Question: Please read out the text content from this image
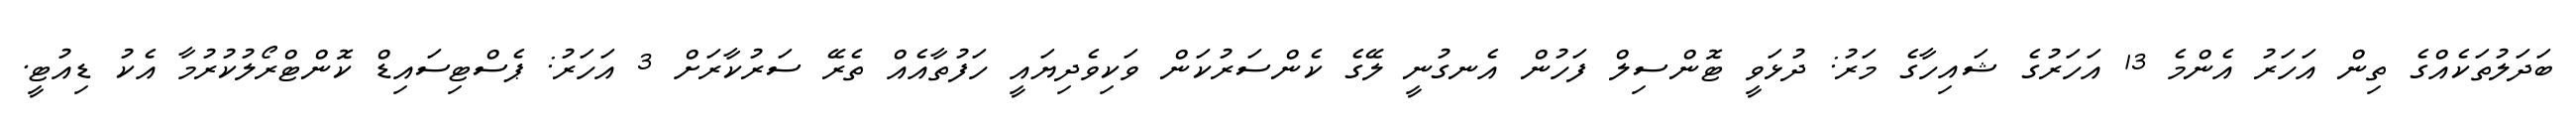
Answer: ބަދަލުތަކެއްގެ ތިން އަހަރު އެންމެ 13 އަހަރުގެ ޝައިހާގެ މަރު: ދުޅަވީ ޓޮންސިލް ފަހުން އެނގުނީ ލޭގެ ކެންސަރުކަން ވަކިވެދިޔައީ ހަފުތާއެއް ތެރޭ ސަރުކާރަށް 3 އަހަރު: ޕެސްޓިސައިޑް ކޮންޓްރޯލުކުރުމާ އެކު ޑިއުޓީ.